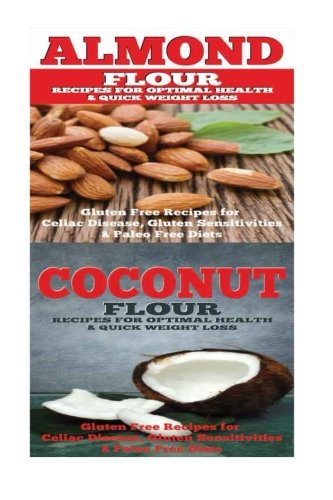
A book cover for Almond: Coconut: Almond Flour & Coconut Flour - Gluten Free Cookbook for Paleo Diet, Celiac Diet & Wheat Free Diet; Emma Rose; Health, Fitness & Dieting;